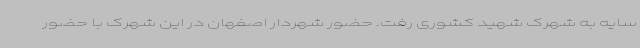
سایه به شهرک شهید کشوری رفت. حضور شهردار اصفهان در این شهرک با حضور